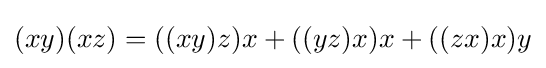
(xy)(xz)=((xy)z)x+((yz)x)x+((zx)x)y